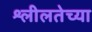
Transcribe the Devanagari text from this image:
श्लीलतेच्या